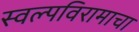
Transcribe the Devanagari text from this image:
स्वल्पविरामाचा